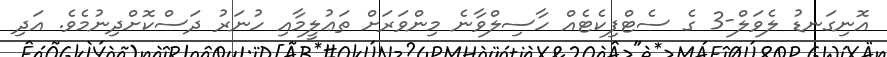
އޮނިގަނޑު ލެވަލް-3 ގެ ސެޓްފިކެޓެއް ހާސިލްވާނެ މިންވަރަށް ތަޢުލީމާއި ހުނަރު ދަސްކޮށްދިނުމެވެ. އަދި